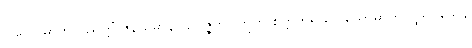
ဝါယောဓာတု ဝိညတ္တိံ ဇနယမာနာ ဥပ္ပဇ္ဇတိ။ ဣတိ စိတ္တကိရိယဝါယောဓာတုဝိပ္ဖါရဝသေန